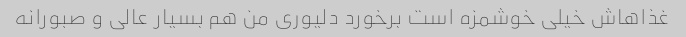
غذاهاش خیلی خوشمزه است برخورد دلیوری من هم بسیار عالی و صبورانه